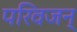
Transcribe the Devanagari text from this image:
परिवजन्